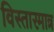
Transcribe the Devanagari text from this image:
विस्तारमात्र